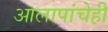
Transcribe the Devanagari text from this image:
आलापांचेही